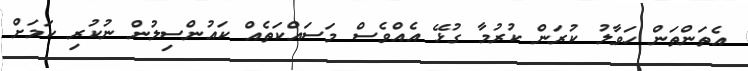
އެތަންތަން ހަވާލު ކުރަން ކުރުމާ ގުޅޭ އެއްވެސް މަސައްކަތެއް ކައުންސިލުން ނުކުރި ކަމަށް